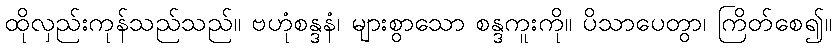
ထိုလှည်းကုန်သည်သည်။ ဗဟုံစန္ဒနံ၊ များစွာသော စန္ဒကူးကို။ ပိသာပေတွာ၊ ကြိတ်စေ၍။